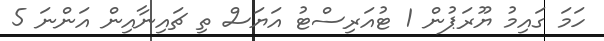
ހަމަ ގައިމު ޔޫރަޕުން 1 ޓުއަރިސްޓު އަޔަސް ތި ޗައިނާއިން އަންނަ 5